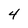
Character: 4